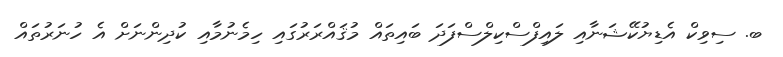
ބ. ސިވިކް އެޑިޔުކޭޝަނާއި ލައިފްސްކިލްސްފަދަ ބައިތައް މުޤައްރަރުގައި ހިމެނުމާއި ކުދިންނަށް އެ ހުނަރުތައް